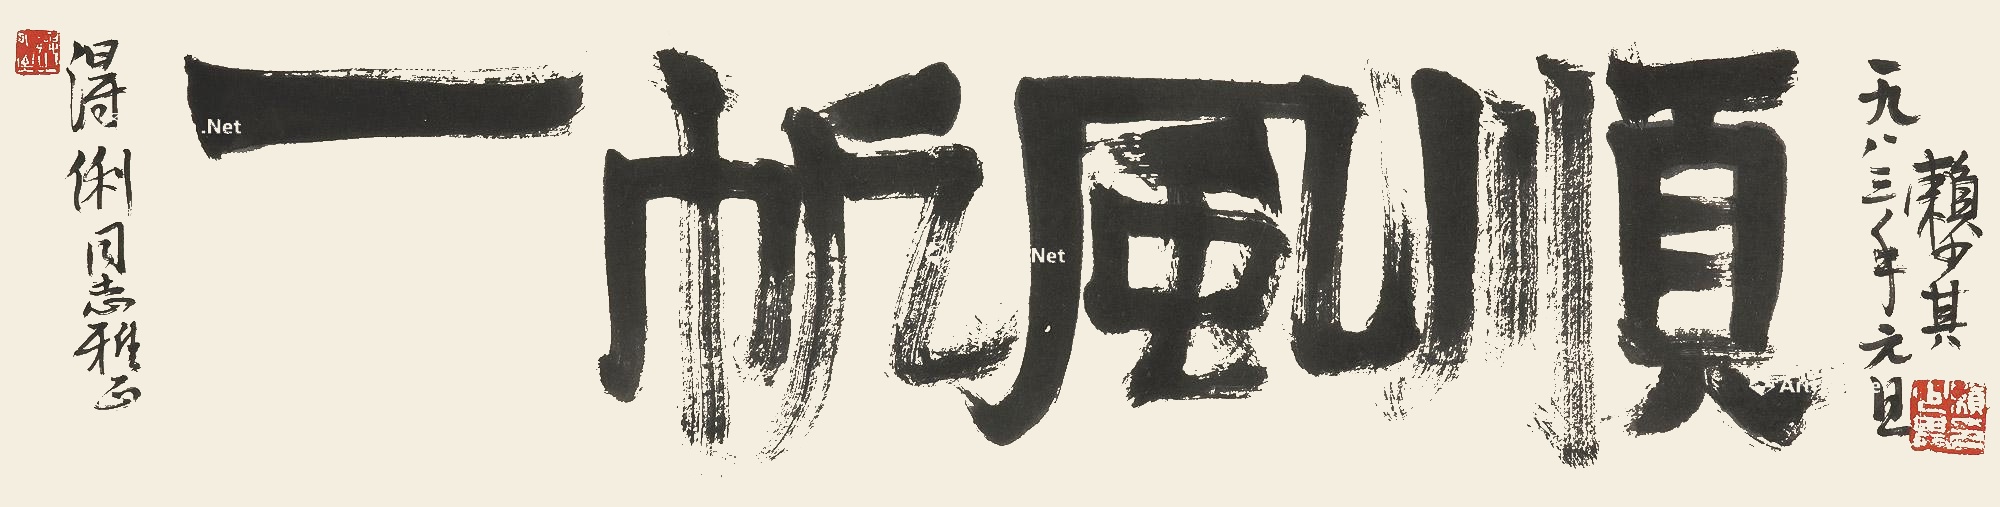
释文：一帆风顺得俐同志雅正，一九八三年元旦，赖少其。